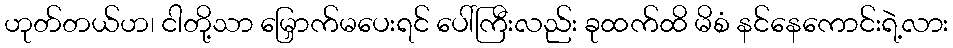
ဟုတ်တယ်ဟ၊ ငါတို့သာ မြှောက်မပေးရင် ပေါ်ကြီးလည်း ခုထက်ထိ မိစံ နင်နေကောင်းရဲ့လား